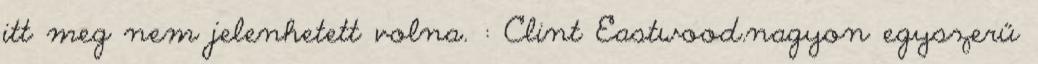
itt meg nem jelenhetett volna. : Clint Eastwood.nagyon egyszerű